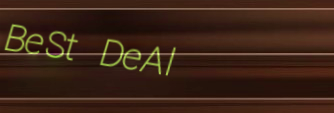
BeSt DeAl